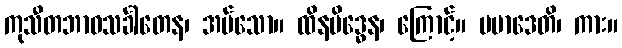
ကုသီတဘာဝသင်္ခါတေန၊ အပ်သော။ ထိနမိဒ္ဓေန၊ ကြောင့်။ ပမာဒေတိ၊ ကား။